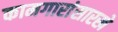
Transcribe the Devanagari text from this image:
कामगारांसारखे